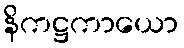
နိကဋ္ဌကာယော